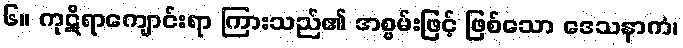
၆။ ကုဋိရာကျောင်းရာ ကြားသည်၏ အစွမ်းဖြင့် ဖြစ်သော ဒေသနာကံ၊